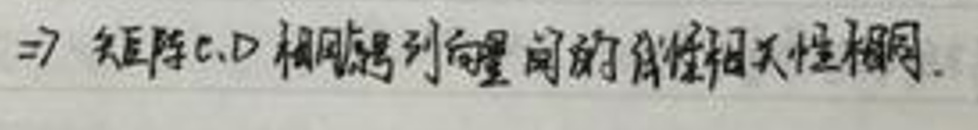
$\Rightarrow$ 矩阵C、D相应列向量间的线性相关性相同.